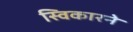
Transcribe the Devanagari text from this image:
स्विकारने